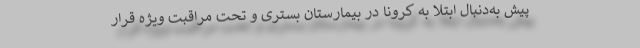
پیش به‌دنبال ابتلا به کرونا در بیمارستان بستری و تحت مراقبت ویژه قرار